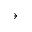
\rightarrow